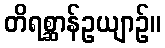
တိရစ္ဆာန်ဥယျာဉ်။